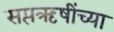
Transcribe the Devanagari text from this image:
सप्तऋषींच्या